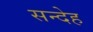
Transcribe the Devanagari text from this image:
सन्‍देह